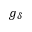
g _ { \delta }